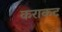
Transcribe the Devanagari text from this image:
कराकट